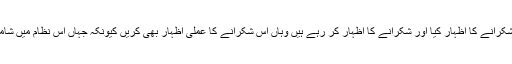
تو مختصراً آج میں صرف اتنا کہنا چاہتا ہوں کہ جہاں جلسے کے بابرکت اختتام پر آپ نے شکرانے کا اظہار کیا اور شکرانے کا اظہار کر رہے ہیں وہاں اس شکرانے کا عملی اظہار بھی کریں کیونکہ جہاں اس نظام میں شامل ہونے والے تقویٰ میں ترقی کریں گے وہاں جماعت کی مضبوطی کا باعث بھی بنیں گے۔